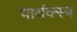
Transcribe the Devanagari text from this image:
पार्थक्स्य